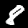
Label: 8